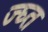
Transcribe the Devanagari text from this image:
ज्घ्त